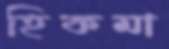
হিকমা